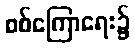
စစ်ကြောရေး၌